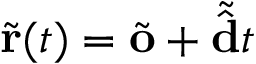
\tilde { \mathbf { r } } ( t ) = \tilde { \mathbf { o } } + \tilde { \hat { \mathbf { d } } } t